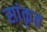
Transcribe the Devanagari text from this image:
सांकृत